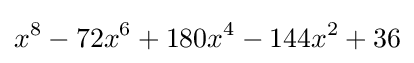
x^{8}-72x^{6}+180x^{4}-144x^{2}+36